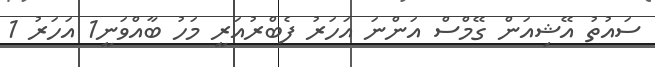
ސައުތު އޭޝިއަން ގޭމްސް އަންނަ އަހަރު ފެބްރުއަރީ މަހު ބާއްވަނީ1 އަހަރު 1